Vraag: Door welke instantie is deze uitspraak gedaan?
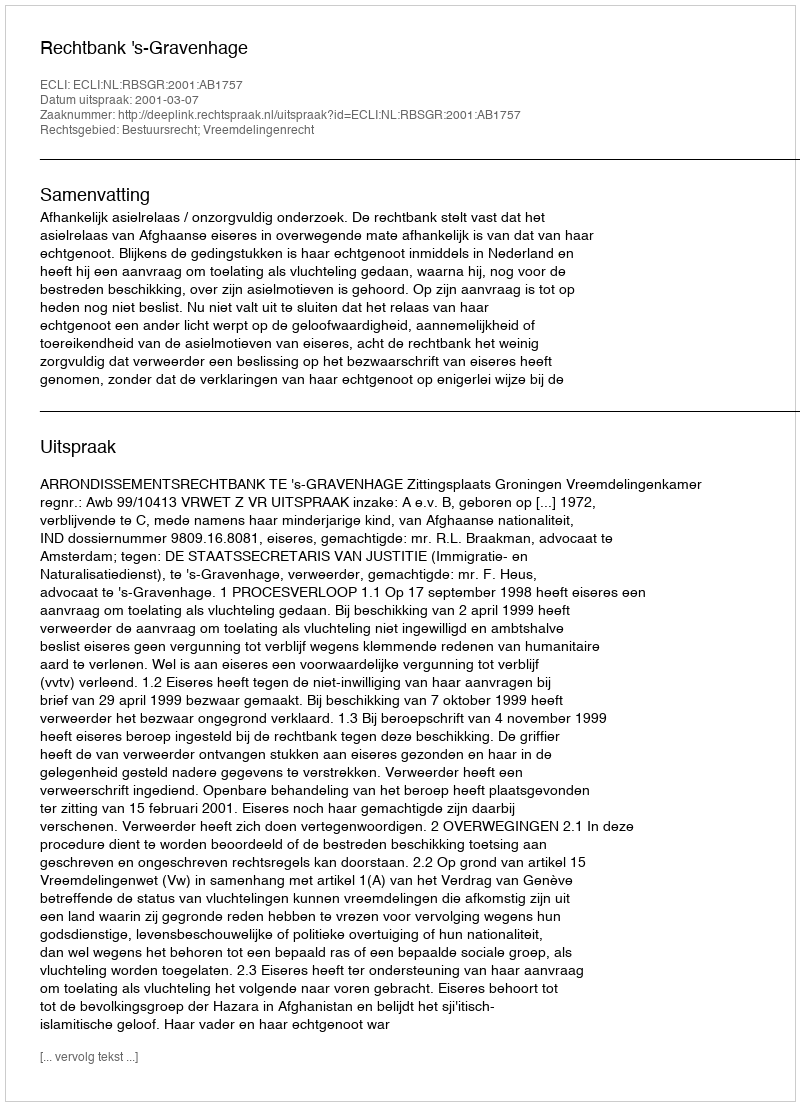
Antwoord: Rechtbank 's-Gravenhage